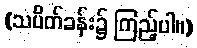
(သပိတ်ခန်း၌ ကြည့်ပါ။)